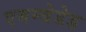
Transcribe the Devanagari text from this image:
एबम्बेडेड